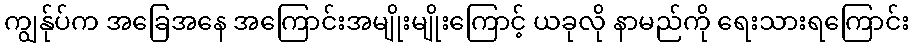
ကျွန်ုပ်က အခြေအနေ အကြောင်းအမျိုးမျိုးကြောင့် ယခုလို နာမည်ကို ရေးသားရကြောင်း